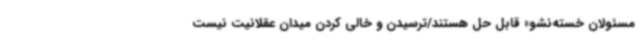
مسئولان خسته‌نشو» قابل حل هستند/ترسیدن و خالی کردن میدان عقلانیت نیست